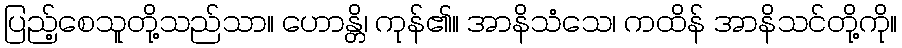
ပြည့်စေသူတို့သည်သာ။ ဟောန္တိ၊ ကုန်၏။ အာနိသံသေ၊ ကထိန် အာနိသင်တို့ကို။